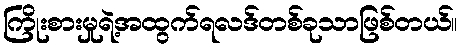
ကြိုးစားမှုရဲ့အထွက်ရလဒ်တစ်ခုသာဖြစ်တယ်။